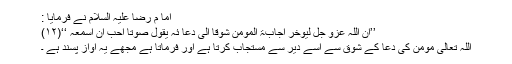
اما م رضا علیہ السلام نے فرمایا :
’’ان اللہ عزو جل لیُوخّر اجابۃ المومن شوقا الی دعا ئہ یقول صوتا احبّ ان اسمعہ ‘‘(۱۲)
اللہ تعالی مومن کی دعا کے شوق سے اسے دیر سے مستجاب کرتا ہے اور فرماتا ہے مجھے یہ آواز پسند ہے ۔